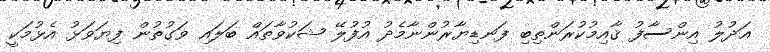
ޢަދުލު އިންސާފު ޤާއިމުކުރަންތިބި ފަނޑިޔާރުންނާމެދު އުފުލޭ ޝަކުވާތައް ބަލައި ވަގުތުން ފިޔަވަޅު އެޅުމަކީ